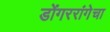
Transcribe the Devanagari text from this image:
डोंगररांगेचा